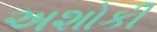
અશોકી